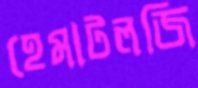
হেমাটলজি